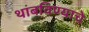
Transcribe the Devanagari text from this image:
थांबविण्याचे